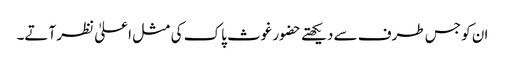
ان کو جس طرف سے دیکھتے حضور غوث پاک کی مثل اعلیٰ نظر آتے۔